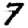
Digit: 7